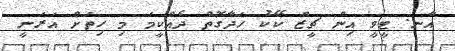
އާނ. ޓީވީ އިން ޗީޒް ކޭކު ހަދާގޮތް ދެއްކީމަ މި ހިތަށް އަރަނީ